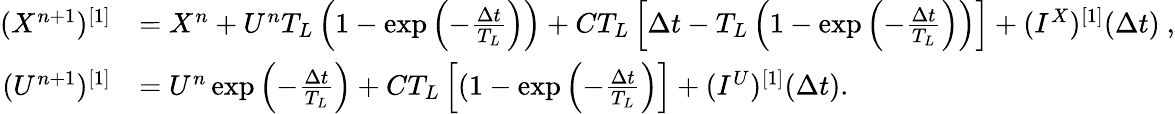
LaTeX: \begin{array}{rl}{(X^{n+1})^{[1]}}&{=X^{n}+U^{n}T_{L}\left(1-\exp\left(-\frac{\Delta t}{T_{L}}\right)\right)+CT_{L}\left[\Delta t-T_{L}\left(1-\exp\left(-\frac{\Delta t}{T_{L}}\right)\right)\right]+(I^{X})^{[1]}(\Delta t)~,}\\ {(U^{n+1})^{[1]}}&{=U^{n}\exp\left(-\frac{\Delta t}{T_{L}}\right)+CT_{L}\left[(1-\exp\left(-\frac{\Delta t}{T_{L}}\right)\right]+(I^{U})^{[1]}(\Delta t).}\end{array}